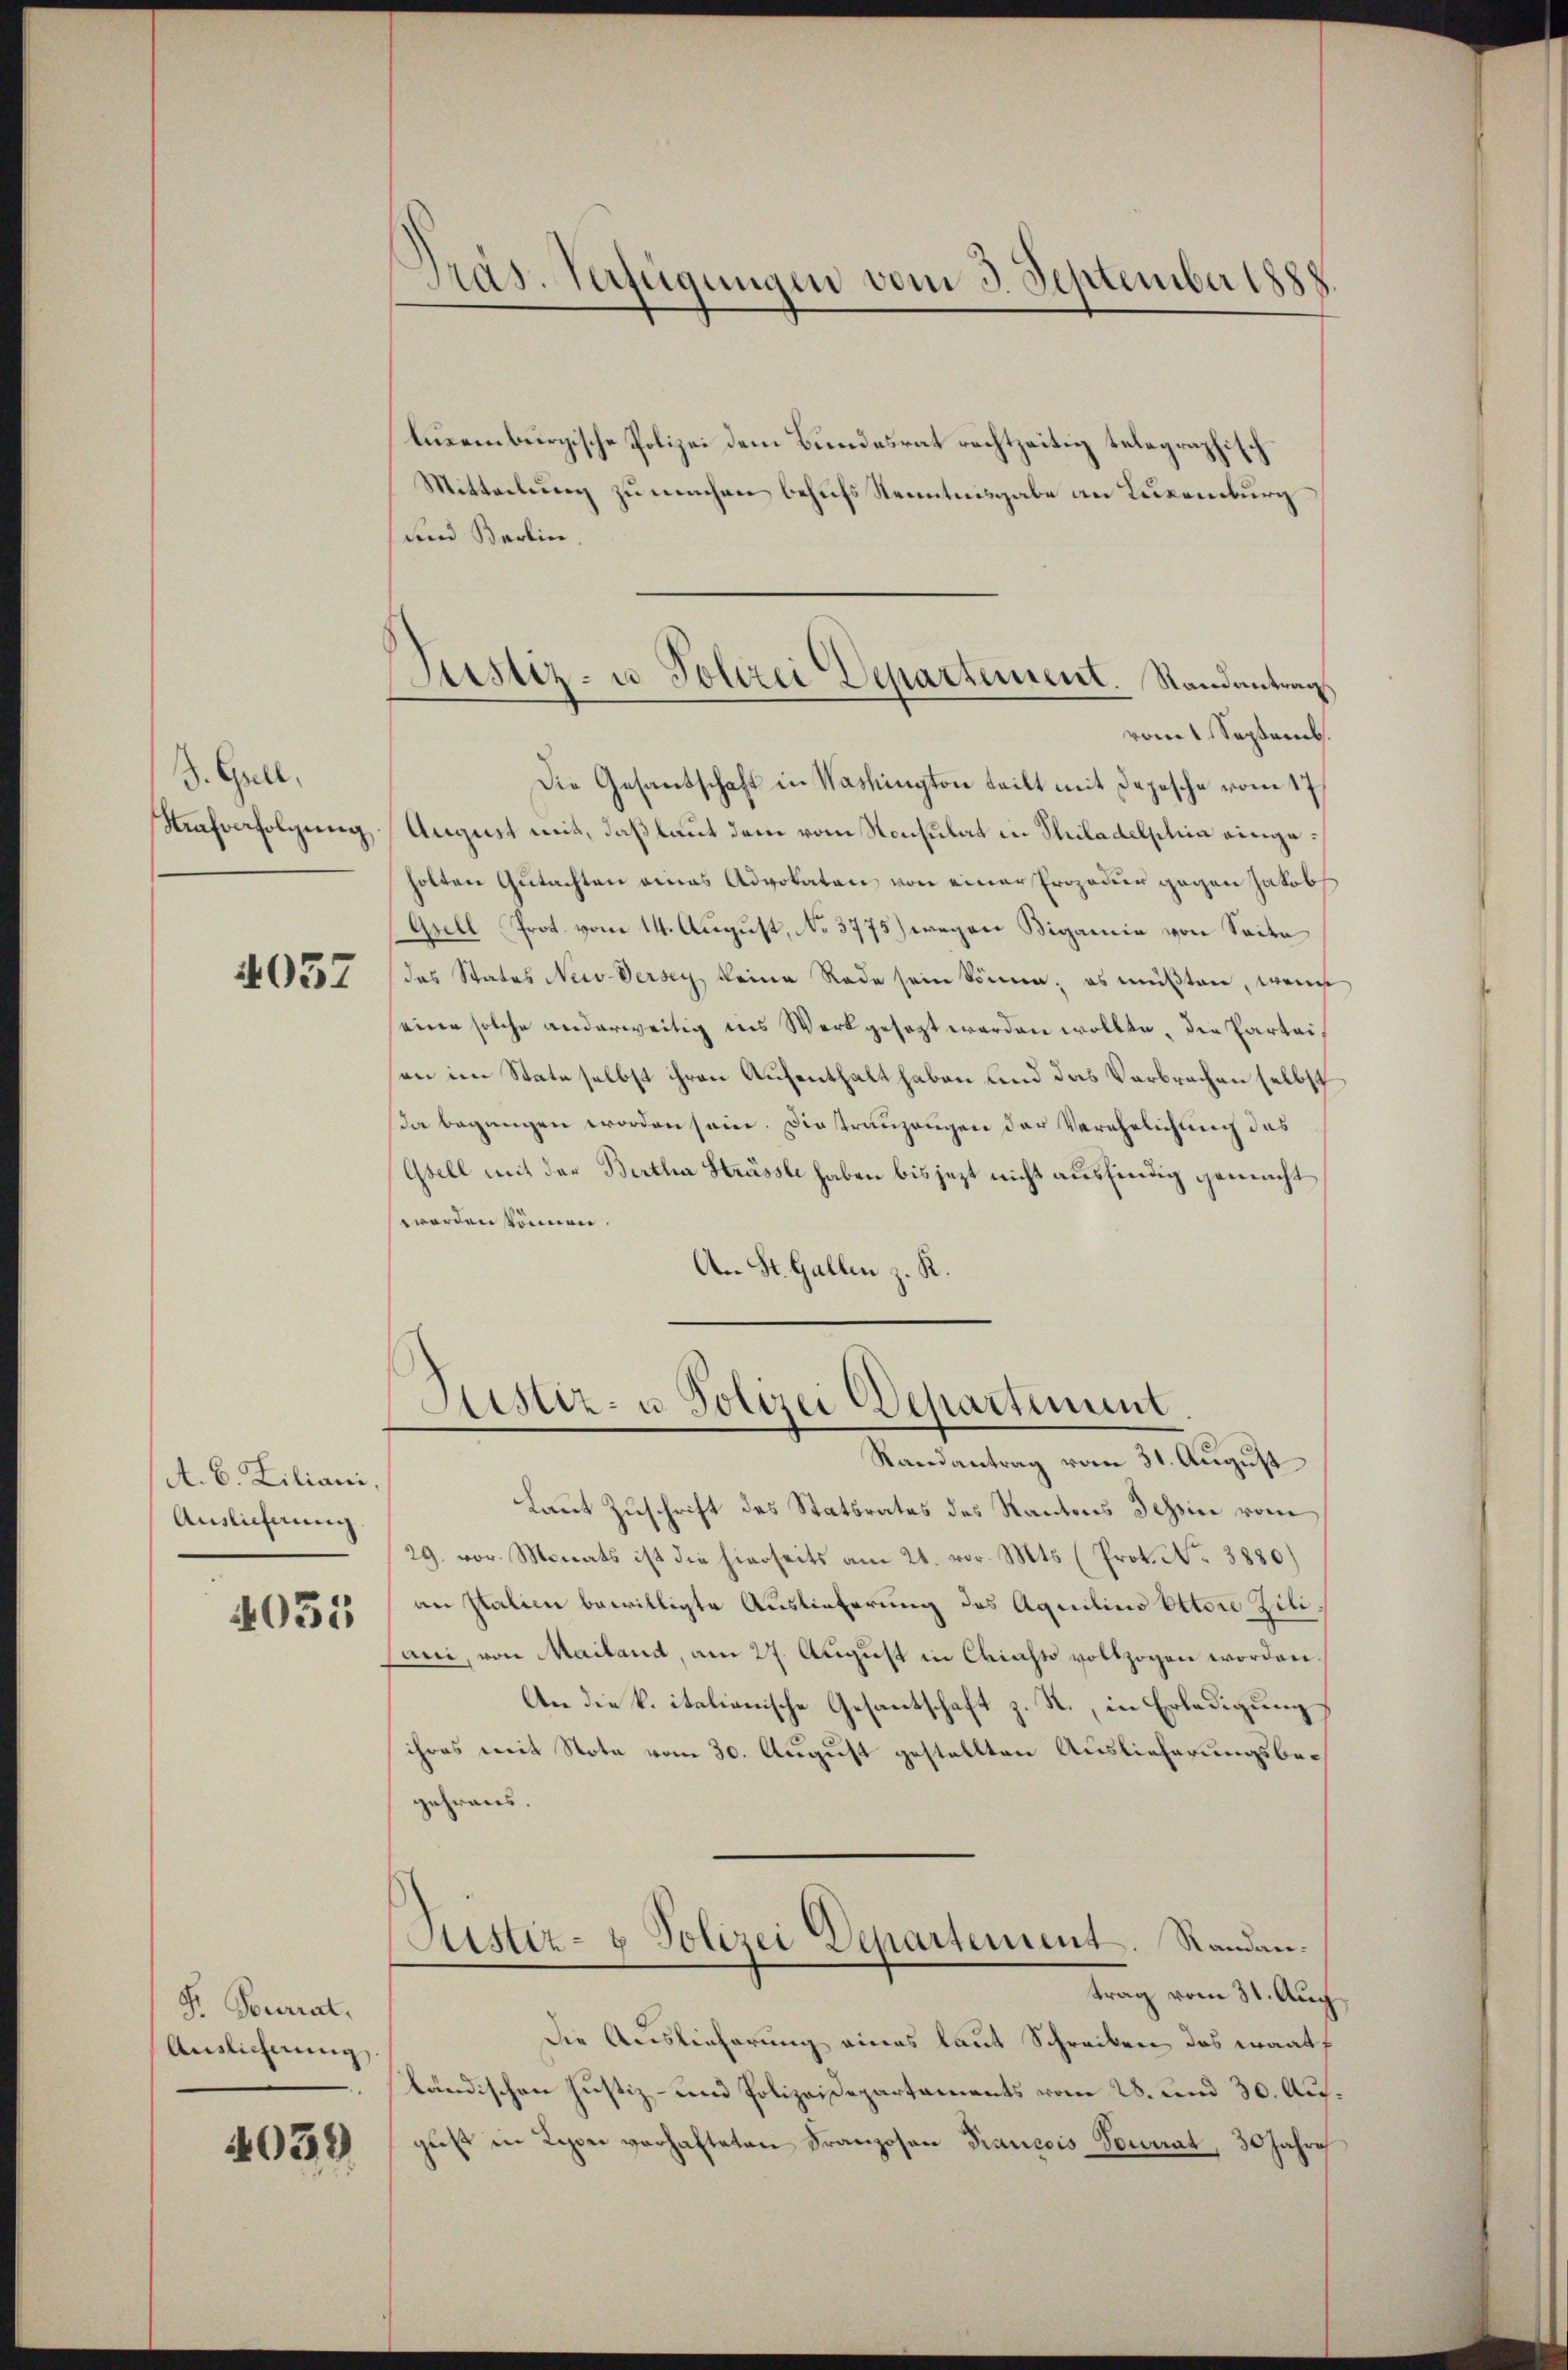
d. Grill,

4037

A. B. Liliani,
Auslieferung

4055

linenburgische Polizei dem Bundesrat rechtzeitig telegraphisch
Mitteilung zu machen behufs Kenntnisgabe an Luxenburg
und Berlin.
rom t Septemb.
Die Gesantschaft in Washington teilt mit Depesche vom 17.
Strafverfolgung August mit, daß laut dem vom Konsulat in Philadelphia eingeholten Gutachten eines Advokaten von einer Ergoder gegen Jakob
Gsell Prot. vom 14. August, No 3775) wegen Bigamie von Seite
das States Neidersey, keine Rede sein können; es müßten, wenn
seine solche anderweitig ins Werk gesagt worden wollte, die Parteion im State selbst ihren Aufenthalt haben und das Verbrechen selbst
Da begangen worden sein. Die trauzeugen der Verehelichung das
Gsell mit der Bertha Strasste haben bis jezt nicht ausfindig gemacht
worden können.
An St. Gallen z. R.

F. Pourrat.
Auslieferung

4059

Präs. Verfügungen vom 3. September 1888.

Pustiz- u. Polizei Departement. Randantrag

Sistiz- u. Polizei Departement.
Randantrag vom 31. August

Laut Zuschrift des Statsrates des Kantons Tessin vom
29. vor. Monats ist die hierseits am 21. vor. Mts. (Prot. No 3880)
an Italien bewilligte Auslieferung des Aquilino Ottore Zili¬
Cani, von Mailand, am 27. August in Chiasso vollzogen worden.
An die k. italienische Gesantschaft z. R., in Erledigung
ihres mit Note vom 30. August gestellten Auslieferungsbegehraus.
Justiz- & Polizei Departement. Randantrag vom 31. Aug.
Die Auslieferung eines laut Schreiben das waatf
ländischen Justiz- und Polizeidepartaments vom 28. und 30. Ausguß in Rippe verhafteten Franzosen Francois Tourrat, 30 Jahre